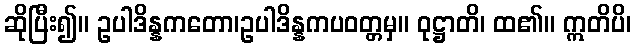
ဆိုပြီး၍။ ဥပါဒိန္နကတော၊ဥပါဒိန္နကပဝတ္တမှ။ ဝုဋ္ဌာတိ၊ ထ၏။ ဣတိပိ၊